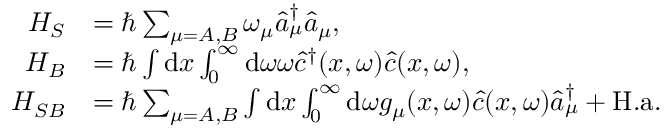
\begin{array} { r l } { H _ { S } } & { = \hbar \sum _ { \mu = A , B } \omega _ { \mu } \hat { a } _ { \mu } ^ { \dagger } \hat { a } _ { \mu } , } \\ { H _ { B } } & { = \hbar \int \mathrm { d } x \int _ { 0 } ^ { \infty } \mathrm { d } \omega \omega \hat { c } ^ { \dagger } ( x , \omega ) \hat { c } ( x , \omega ) , } \\ { H _ { S B } } & { = \hbar \sum _ { \mu = A , B } \int \mathrm { d } x \int _ { 0 } ^ { \infty } \mathrm { d } \omega g _ { \mu } ( x , \omega ) \hat { c } ( x , \omega ) \hat { a } _ { \mu } ^ { \dagger } + \mathrm { H . a . } } \end{array}